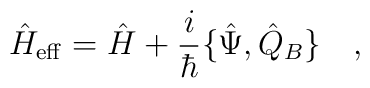
\hat{H}_{\rm eff}=\hat{H}+\frac{i}{\hbar}\{\hat{\Psi},\hat{Q}_B\}\ \ \ ,